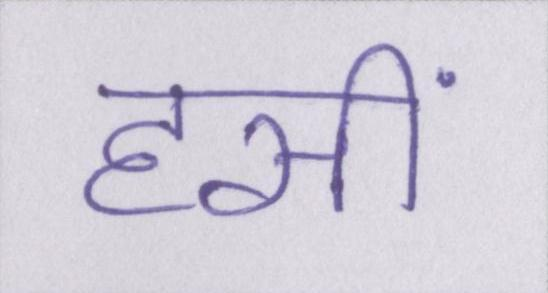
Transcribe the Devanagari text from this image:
हसीं